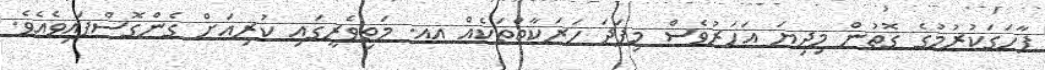
ފާހަގަކުރުމުގެ ގޮތުން މިދިޔަ އަހަރުވެސް މިފަދަ ހަރަކާތްތަކެއް އއ. މަތިވެރީގައި ކުރިއަށް ގެންގޮސްފައިވެއެވެ.